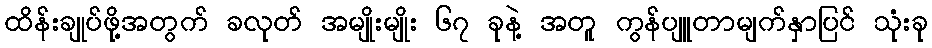
ထိန်းချုပ်ဖို့အတွက် ခလုတ် အမျိုးမျိုး ၆၇ ခုနဲ့ အတူ ကွန်ပျူတာမျက်နှာပြင် သုံးခု